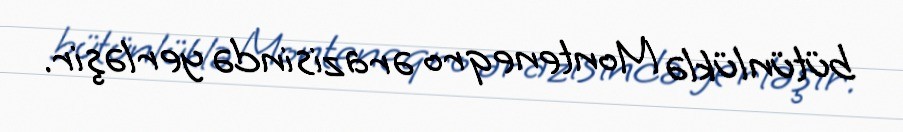
bütünlüklə Monteneqro ərazisində yerləşir.